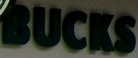
BUCKS